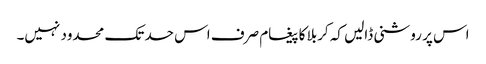
اس پر روشنی ڈالیں کہ کربلا کا پیغام صرف اس حد تک محدود نہیں۔